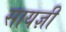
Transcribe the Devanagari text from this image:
सायज्ञी